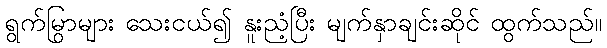
ရွက်မြွာများ သေးငယ်၍ နူးညံ့ပြီး မျက်နှာချင်းဆိုင် ထွက်သည်။